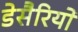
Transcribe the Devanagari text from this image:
डेसैरियो